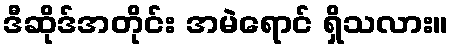
ဒီဆိုဒ်အတိုင်း အမဲရောင် ရှိသလား။